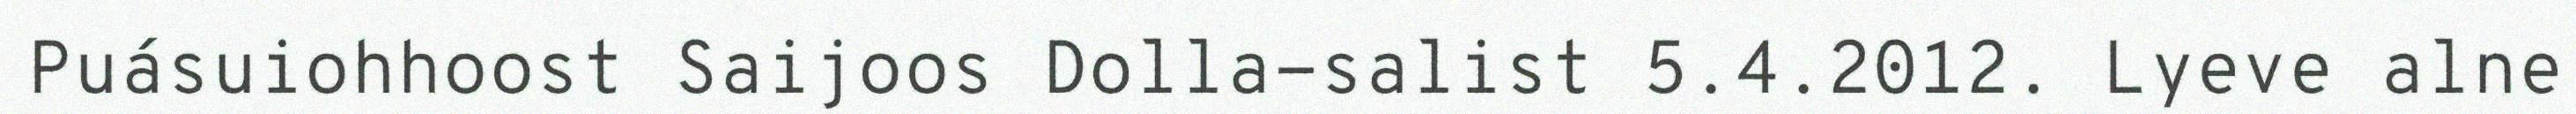
Puásuiohhoost Saijoos Dolla-salist 5.4.2012. Lyeve alne